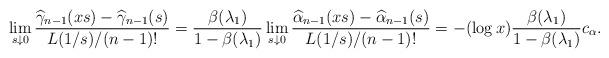
LaTeX: \begin{align*}\lim_{s\downarrow 0}\frac {\widehat{\gamma}_{n-1}(xs)-\widehat{\gamma}_{n-1}(s)} {L(1/s)/(n-1)!}=\frac {\beta(\lambda_1)} {1-\beta(\lambda_1)} \lim_{s\downarrow 0}\frac {\widehat{\alpha}_{n-1}(xs)-\widehat{\alpha}_{n-1}(s)} { L(1/s)/(n-1)!} = -(\log x)\frac {\beta(\lambda_1)} {1-\beta(\lambda_1)} c_{\alpha}.\end{align*}